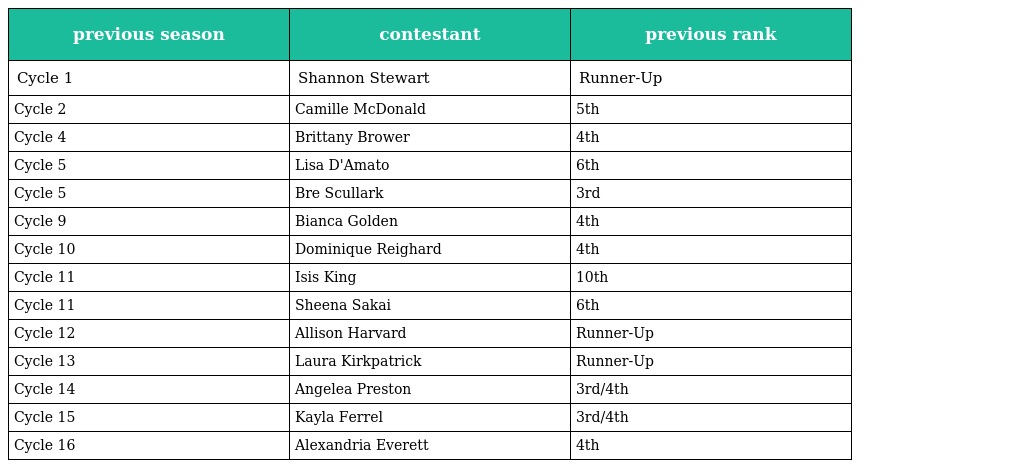
| previous season | contestant | previous rank |
 | --- | --- | --- |
 | Cycle 1 | Shannon Stewart | Runner-Up |
 | Cycle 2 | Camille McDonald | 5th |
 | Cycle 4 | Brittany Brower | 4th |
 | Cycle 5 | Lisa D'Amato | 6th |
 | Cycle 5 | Bre Scullark | 3rd |
 | Cycle 9 | Bianca Golden | 4th |
 | Cycle 10 | Dominique Reighard | 4th |
 | Cycle 11 | Isis King | 10th |
 | Cycle 11 | Sheena Sakai | 6th |
 | Cycle 12 | Allison Harvard | Runner-Up |
 | Cycle 13 | Laura Kirkpatrick | Runner-Up |
 | Cycle 14 | Angelea Preston | 3rd/4th |
 | Cycle 15 | Kayla Ferrel | 3rd/4th |
 | Cycle 16 | Alexandria Everett | 4th |